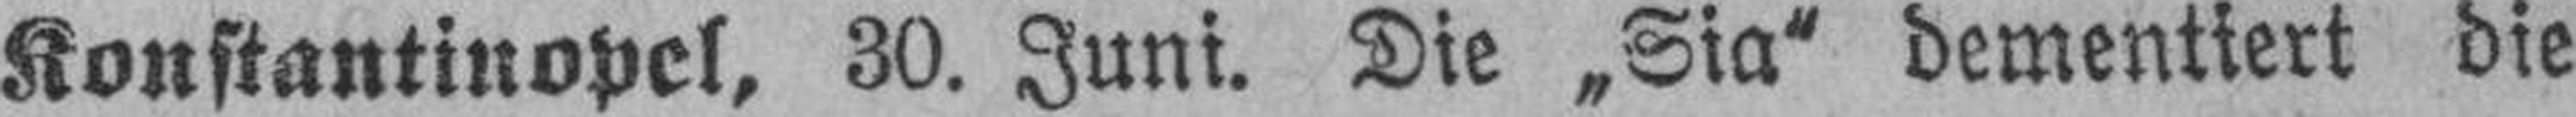
Konstantinopel, 30. Juni. Die „Sia“ dementiert die